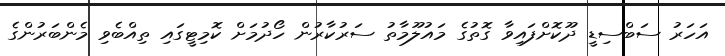
އަހަރު ސަބްސިޑީ ދޫކޮށްފައިވާ ގޮތުގެ މައުލޫމާތު ސަރުކާރުން ހޯދުމަށް ކޮމިޓީގައި ތިއްބެވި މެންބަރުންގެ